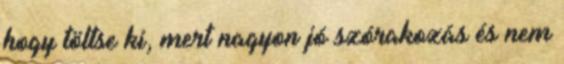
hogy töltse ki, mert nagyon jó szórakozás és nem